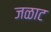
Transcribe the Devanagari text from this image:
जळाट